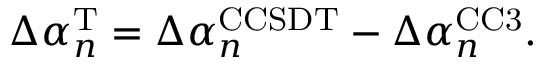
\begin{array} { r } { \Delta \alpha _ { n } ^ { \mathrm { T } } = \Delta \alpha _ { n } ^ { \mathrm { C C S D T } } - \Delta \alpha _ { n } ^ { \mathrm { C C 3 } } . } \end{array}